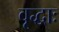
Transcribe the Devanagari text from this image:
वृद्धाः